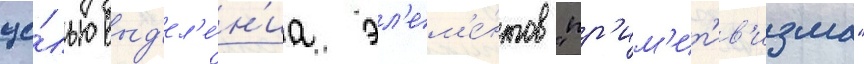
це́лью выд'ел'е́н'иа эл'ем'е́нтов "пр'им'ит'ив'изма"